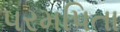
પરમપિતા